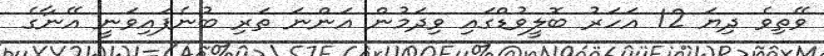
ވޭތިވެ ދިޔަ 12 އަހަރު ބޮލީވުޑްގައި ވިދަމުން އަންނަ ތަރި ބުނެފައިވަނީ އޭނާގެ